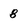
Character: 8